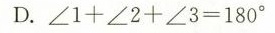
D.$$∠ 1 + ∠ 2 + ∠ 3 = 1 8 0 °$$